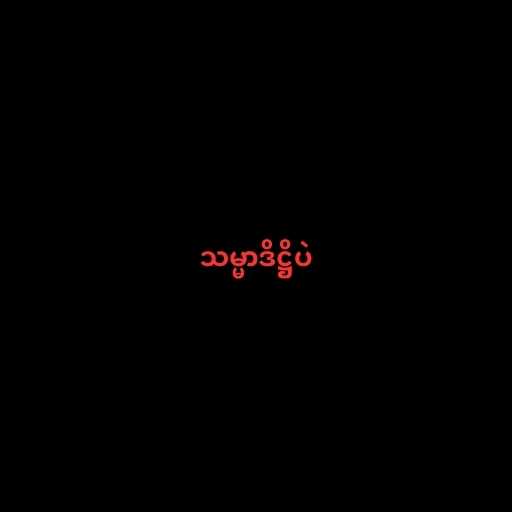
သမ္မာဒိဋ္ဌိပဲ